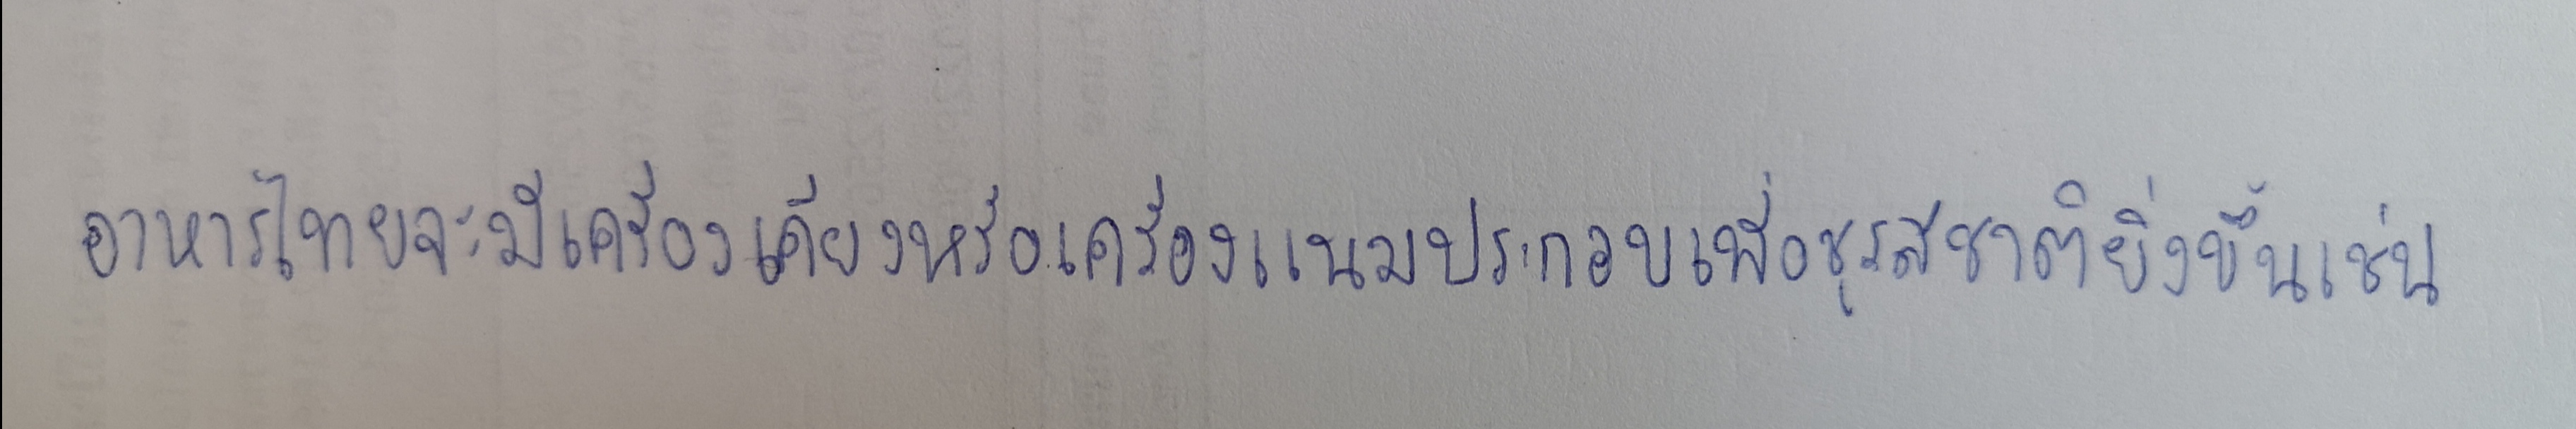
อาหารไทยจะมีเครื่องเคียงหรือเครื่องแนมประกอบเพื่อชูรสชาติยิ่งขึ้นเช่น